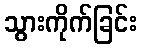
သွားကိုက်ခြင်း